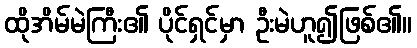
ထိုအိမ်မဲကြီး၏ ပိုင်ရှင်မှာ ဦးမဲဟူ၍ဖြစ်၏။